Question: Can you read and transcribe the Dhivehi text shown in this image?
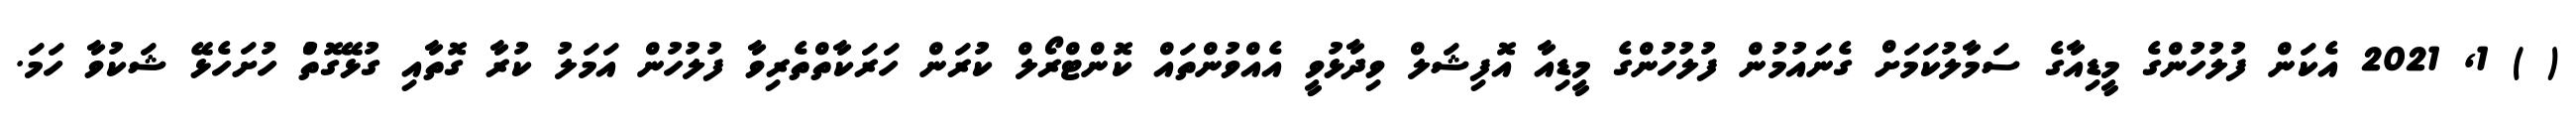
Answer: ( ) 1, 2021 އެކަން ފުލުހުންގެ މީޑިއާގެ ސަމާލުކަމަށް ގެނައުމުން ފުލުހުންގެ މީޑިއާ އޮފިޝަލް ވިދާޅުވީ އެއްވުންތައް ކޮންޓްރޯލް ކުރަން ހަރަކާތްތެރިވާ ފުލުހުން އަމަލު ކުރާ ގޮތާއި ގުޅޭގޮތުް ހުށަހެޅޭ ޝަކުވާ ހަމަ.